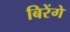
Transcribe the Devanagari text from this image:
बिरेंगे